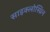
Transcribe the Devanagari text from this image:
साइक्लोस्प्रिन